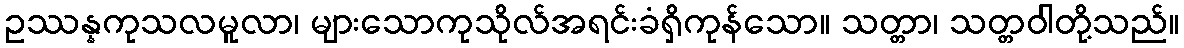
ဥဿန္နကုသလမူလာ၊ များသောကုသိုလ်အရင်းခံရှိကုန်သော။ သတ္တာ၊ သတ္တဝါတို့သည်။